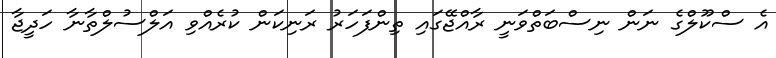
އެ ސްކޫލްގެ ނަން ނިސްބަތްވަނީ ރާއްޖޭގައި ތިންފަހަރު ރަނިކަން ކުރެއްވި އަލްސުލްތާނާ ހަދީޖާ